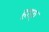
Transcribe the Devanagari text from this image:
हाफ़्